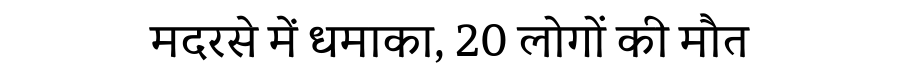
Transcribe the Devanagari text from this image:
मदरसे में धमाका, 20 लोगों की मौत